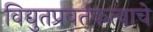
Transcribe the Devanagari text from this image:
विद्युतप्रवर्तकत्वाचे